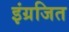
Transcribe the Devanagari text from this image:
इंग्रजित